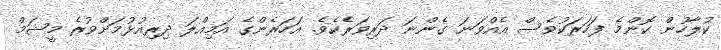
ކުލާހުން ކޮންމެ ފަހަރަކުވެސް އެއްވަނަ ގެންނަ ދަރިވަރެކެވެ. އަހަރެންގެ އަމިއްލަ ދިރިއުޅުމަށްވުރެ މީޝަމް